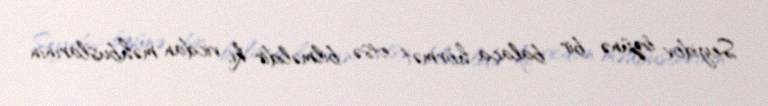
Seyidov özünə bir balaca hörmət etsə, bilməlidir ki, vicdan məhbuslarının